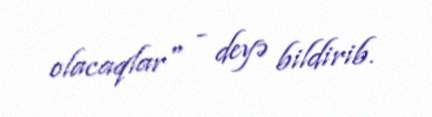
olacaqlar" - deyə bildirib.